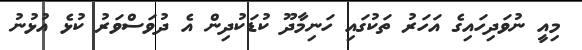
މިއީ ނުވަދިހައިގެ އަހަރު ތަކުގައި ހަނިމާދޫ ކުޑަކުދިން އެ ދުވަސްވަރު ކުޅެ އުޅުނު